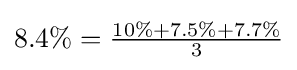
8.4\%={\tfrac {10\%+7.5\%+7.7\%}{3}}